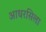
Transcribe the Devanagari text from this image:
आधरसिला